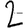
Digit: 2